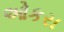
ઓકરા